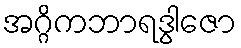
အဂ္ဂိကဘာရဒွါဇော